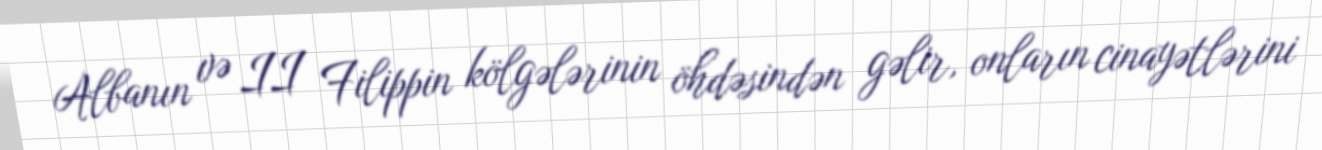
Albanın və II Filippin kölgələrinin öhdəsindən gəlir, onların cinayətlərini